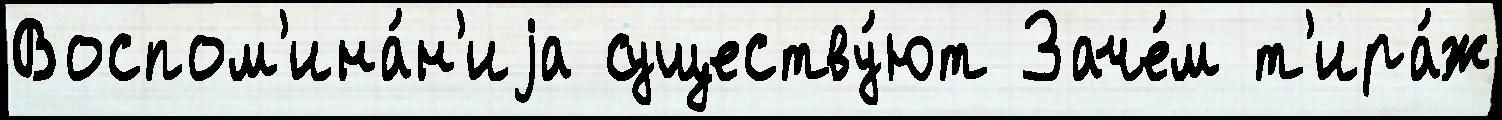
Воспом'ина́н'иjа существу́ют Заче́м т'ира́ж